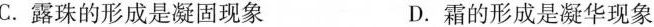
C.露珠的形成是凝固现象 D.霜的形成是凝华现象